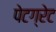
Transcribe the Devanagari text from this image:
पेटग्रेट